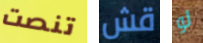
تنصت قش لو